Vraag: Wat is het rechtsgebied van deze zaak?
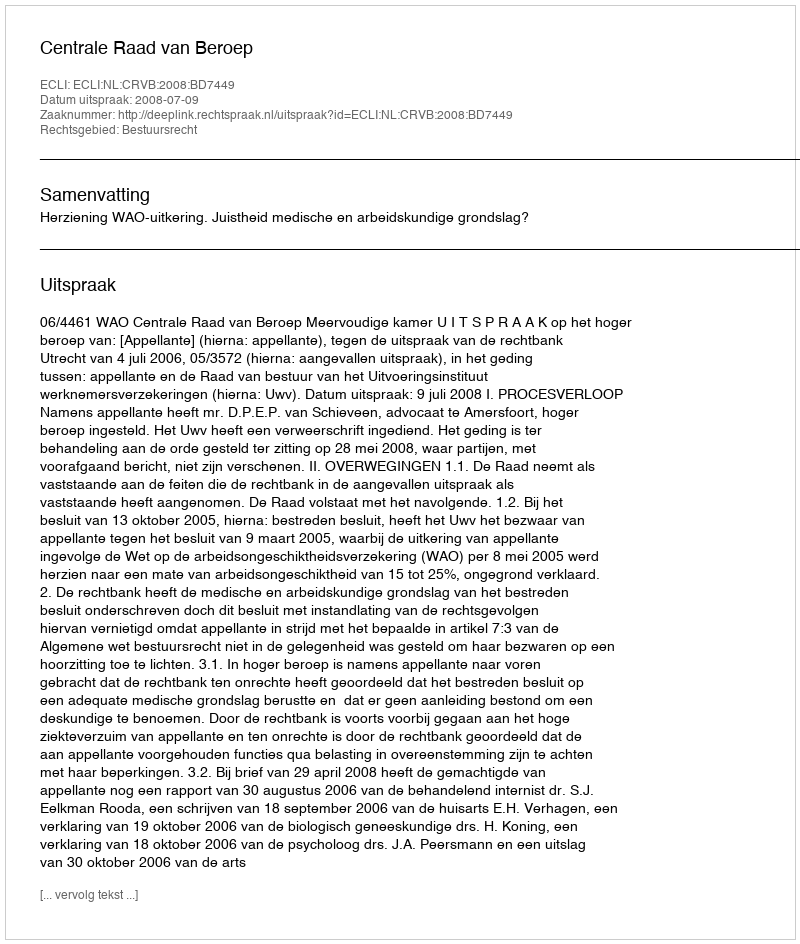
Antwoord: Bestuursrecht